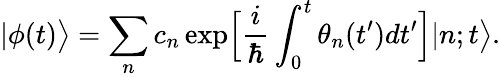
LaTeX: |\phi(t)\bigr>=\sum_{n}c_{n}\exp\Bigl[\frac{i}{\hbar}\int_{0}^{t}\theta_{n}(t^{\prime})dt^{\prime}\Bigr]|n;t\bigr>.